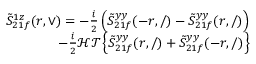
\begin{array} { r } { \tilde { S } _ { 2 1 f } ^ { 1 z } ( r , \vee ) = - \frac { i } { 2 } \left( \tilde { S } _ { 2 1 f } ^ { y y } ( - r , / ) - \tilde { S } _ { 2 1 f } ^ { y y } ( r , / ) \right) } \\ { - \frac { i } { 2 } \mathcal { H T } \left\{ \tilde { S } _ { 2 1 f } ^ { y y } ( r , / ) + \tilde { S } _ { 2 1 f } ^ { y y } ( - r , / ) \right\} } \end{array}